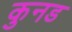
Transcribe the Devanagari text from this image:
कुनड